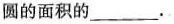
圆的面积的___。